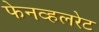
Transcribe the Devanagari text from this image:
फेनव्हलरेट